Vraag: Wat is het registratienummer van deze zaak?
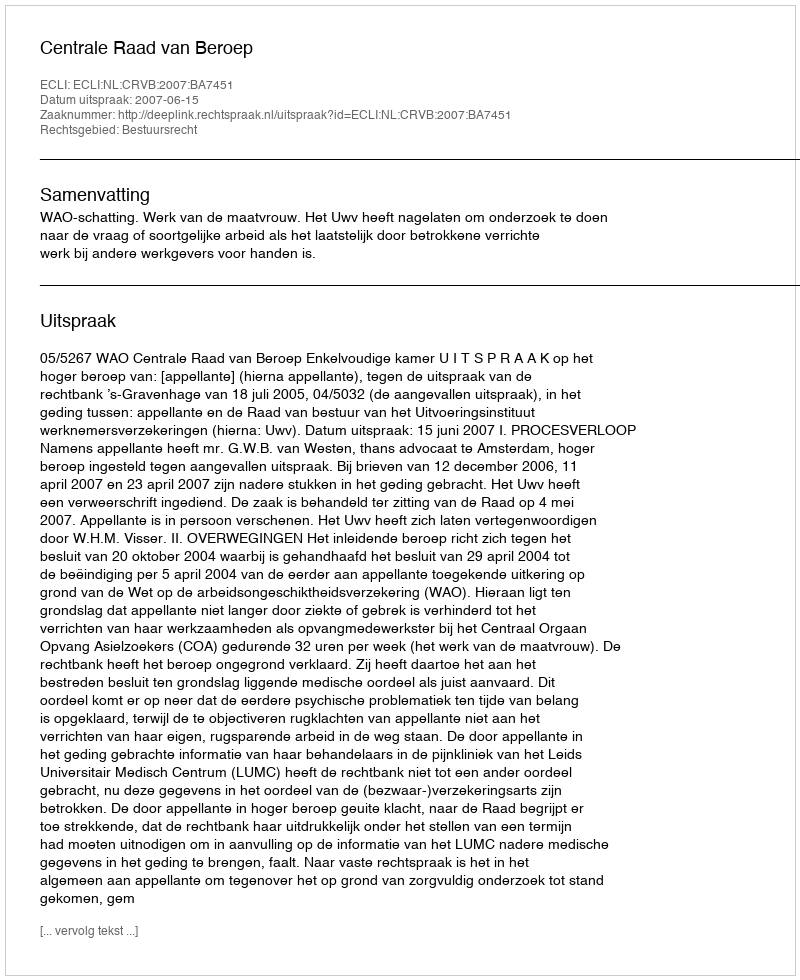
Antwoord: http://deeplink.rechtspraak.nl/uitspraak?id=ECLI:NL:CRVB:2007:BA7451